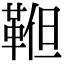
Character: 𩊹